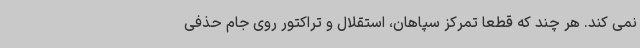
نمی کند. هر چند که قطعا تمرکز سپاهان، استقلال و تراکتور روی جام حذفی